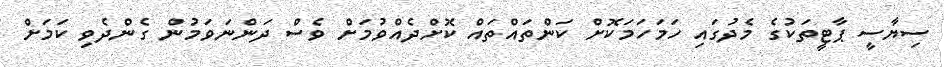
ސިޔާސީ ޕާޓީތަކުގެ މެދުގައި ހަމަހަމަކޮށް ކަންތައްތައް ކޮށްދެއްވުމަށް ވެސް ދަންނަވަމުން ގެންދެވި ކަމަށް